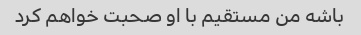
باشه من مستقیم با او صحبت خواهم کرد